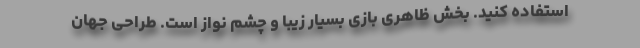
استفاده کنید. بخش ظاهری بازی بسیار زیبا و چشم نواز است. طراحی جهان